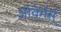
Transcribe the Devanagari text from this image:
ओवेर्मर्स्